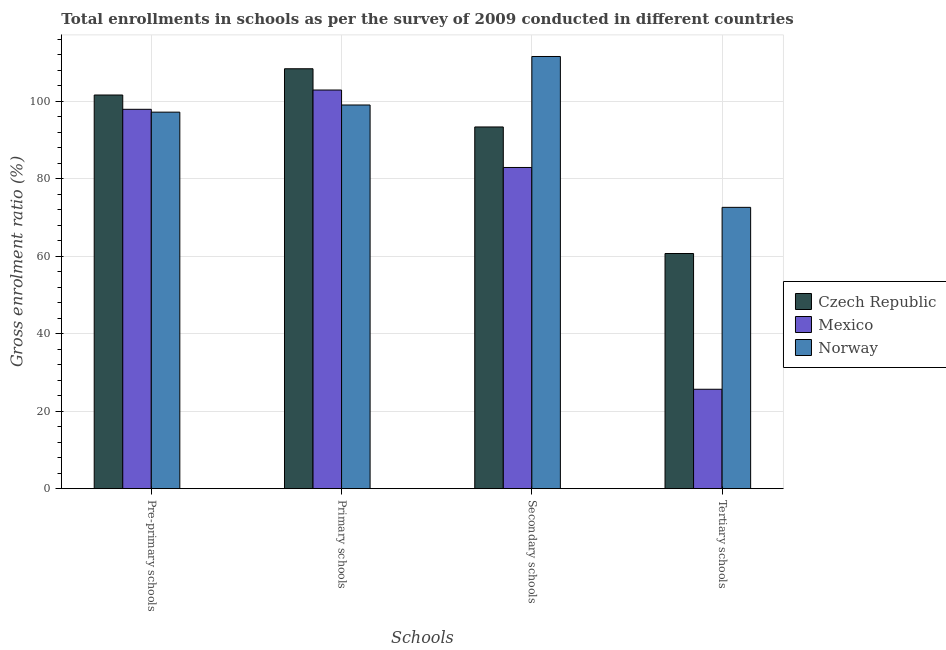
| Schools | Czech Republic | Mexico | Norway |
 | --- | --- | --- | --- |
 | Pre-primary schools | 102 | 97.9 | 97.2 |
 | Primary schools | 108 | 103 | 99 |
 | Secondary schools | 93.3 | 82.9 | 112 |
 | Tertiary schools | 60.7 | 25.7 | 72.6 |